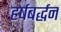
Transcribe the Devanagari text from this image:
हर्षबर्द्धन